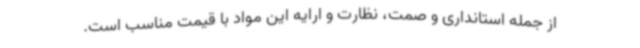
از جمله استانداری و صمت، نظارت و ارایه این مواد با قیمت مناسب است.